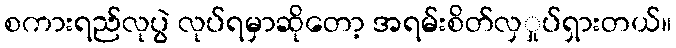
စကားရည်လုပွဲ လုပ်ရမှာဆိုတော့ အရမ်းစိတ်လှှုပ်ရှားတယ်။